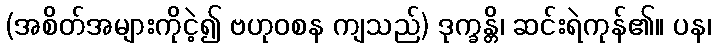
(အစိတ်အများကိုငဲ့၍ ဗဟုဝစန ကျသည်) ဒုက္ခန္တိ၊ ဆင်းရဲကုန်၏။ ပန၊